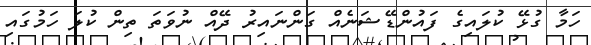
ހަމާ ގުޅޭ ކުލައިގެ ފައުންޑޭޝަނެއް ގަންނައިރު ދޭއް ނުވަތަ ތިން ކުލަ ހަމުގައި